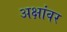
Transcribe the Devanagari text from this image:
अक्षांवर